Jaan_Tonisson_(Lasteleht), lk 330
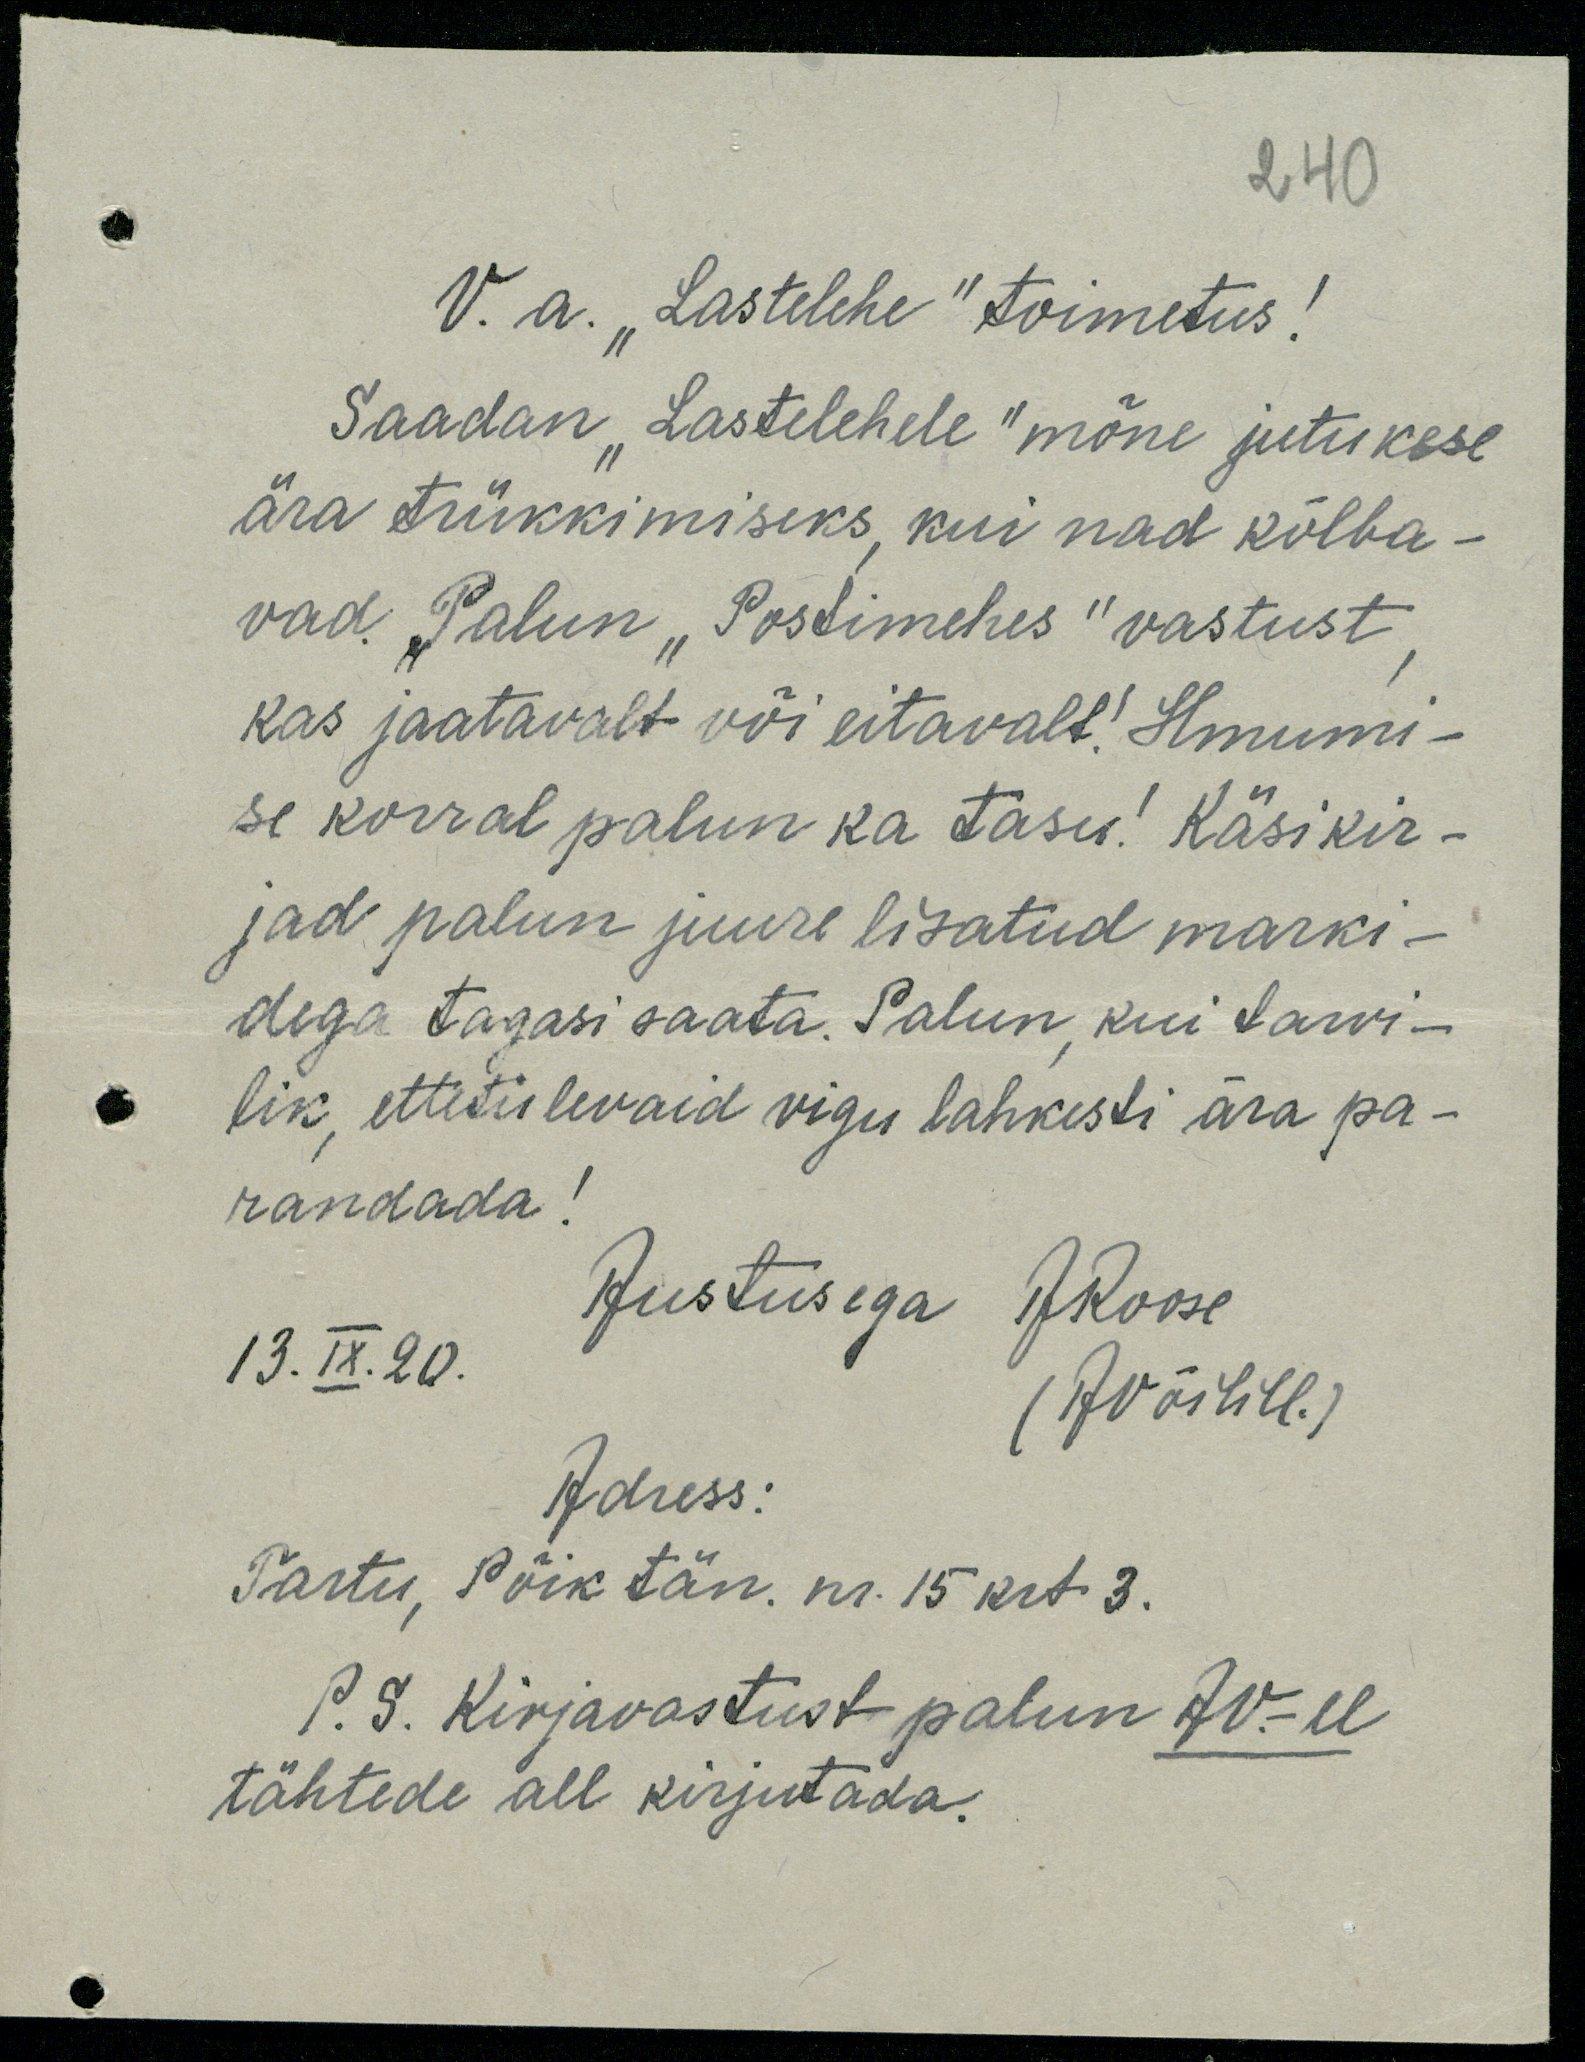
240
V. a. „Lastelehe“ toimetus!
Saadan "Lastelehele" mõne jutukese
ära trükkimiseks, kui nad kõlba-
vad. Palun "Postimehes" vastust,
kas jaatavalt või eitavalt! Ilmumi-
se korral palun ka tasu! Käsikir-
jad palun juure lisatud marki-
dega tagasi saata. Palun, kui tarvi-
lik, ettetulevaid vigu lahkesti ära pa-
randada!
Austusega ARoose
13.IX.20.
(Avõilill.)
Adress:
Tartu, Põik tän. nr 15 krt. 3.
P. S. Kirjavastust palun Av.-ll
tähtede all kirjutada.